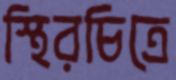
স্থিরচিত্রে